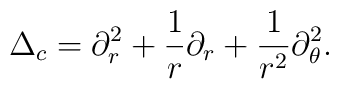
\Delta_c = \partial^2_r + \frac1r \partial_r + \frac1{r^2} \partial^2_\theta.